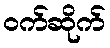
ဝက်ဆိုက်